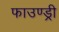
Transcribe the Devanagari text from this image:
फाउण्ड्री